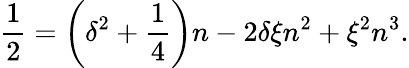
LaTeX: \frac{1}{2}=\bigg(\delta^{2}+\frac{1}{4}\bigg)n-2\delta\xi n^{2}+\xi^{2}n^{3}.